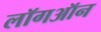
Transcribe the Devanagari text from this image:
लॉगऑन